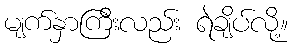
မျက်နှာကြီးလည်း ရဲချိပ်လို့။